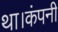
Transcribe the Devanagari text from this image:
था।कंपनी